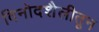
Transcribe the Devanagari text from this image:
विनोदशैलीतून